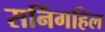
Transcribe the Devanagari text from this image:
सनिंगहिल